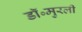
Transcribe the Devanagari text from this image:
डॉ॰मुरली